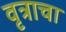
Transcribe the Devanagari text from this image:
वृत्राचा